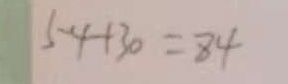
5 4 + 3 0 = 8 4